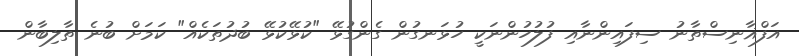
އަފްޣާނިސްތާނު ސިފައިންނާއި ފުލުހުންނަކީ ހުޅަނގުން ގެންގުޅޭ "ކުޅޭކުޅޭ ބުދުތަކެއް" ކަމަށް ބުނެ ތާލިބާން